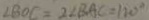
\angle B O C = 2 \angle B A C = 1 2 0 ^ { \circ }